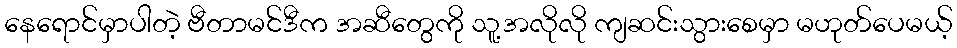
နေရောင်မှာပါတဲ့ ဗီတာမင်ဒီက အဆီတွေကို သူ့အလိုလို ကျဆင်းသွားစေမှာ မဟုတ်ပေမယ့်